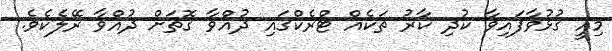
މިއީ ގުޅުވާފައިވާ ކުދި ކާރު ތަކެއް ޓްރެކްގައި ދުއްވާ ގޮތަށް ދުއްވާ ރޭލެކެވެ.